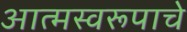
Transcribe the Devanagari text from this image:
आत्मस्वरूपाचे